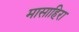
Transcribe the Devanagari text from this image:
मासाहिरा